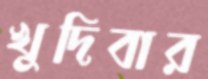
খুদিবার